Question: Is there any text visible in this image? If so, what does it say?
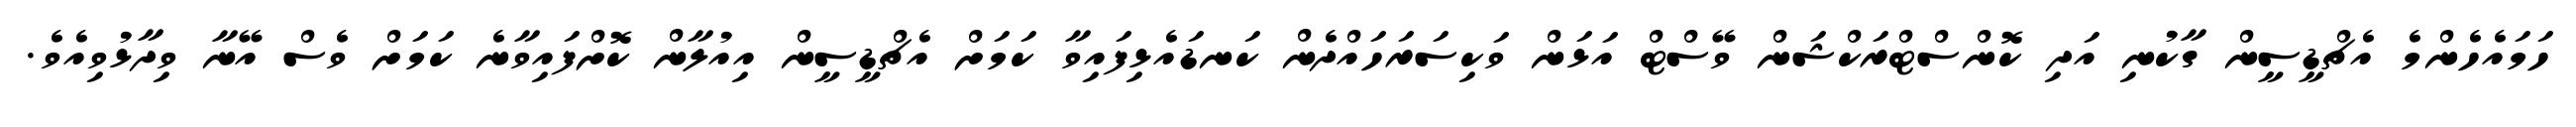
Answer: ހަމައެހެންމެ އެޗްޑީސީން ގާކުނި އަދި ކޮންސްޓްރަކްޝަން ވޭސްޓް އަޅަން ވަކިސަރަހައްދެން ކަނޑައެޅިފައިވާ ކަމަށް އެޗްޑީސީން އިއުލާން ކޮށްފައިވާނެ ކަމަށް ވެސް އޭނާ ވިދާޅުވިއެވެ.